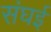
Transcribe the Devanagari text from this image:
संघई